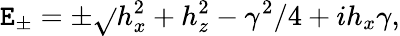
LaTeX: \mathtt{E}_{\pm}=\pm\sqrt{}{{h_{x}^{2}+h_{z}^{2}-\gamma^{2}/4+ih_{x}\gamma}},